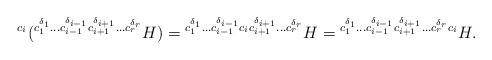
LaTeX: \begin{align*}{}^{c_i}({}^{c_1^{\delta_1}\ldots c_{i-1}^{\delta_{i-1}}c_{i+1}^{\delta_{i+1}}\ldots c_r^{\delta_r}}H)={}^{c_1^{\delta_1}\ldots c_{i-1}^{\delta_{i-1}}c_ic_{i+1}^{\delta_{i+1}}\ldots c_r^{\delta_r}}H={}^{c_1^{\delta_1}\ldots c_{i-1}^{\delta_{i-1}}c_{i+1}^{\delta_{i+1}}\ldots c_r^{\delta_r}c_i}H.\end{align*}